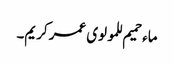
ماء حمیم للمولوی عمر کریم۔